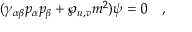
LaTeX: ( \gamma _ { \alpha \beta } p _ { \alpha } p _ { \beta } + \wp _ { u , v } m ^ { 2 } ) \psi = 0 \quad ,